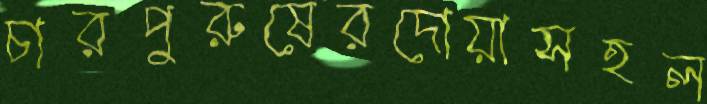
চারপুরুষেরদোয়াসহল